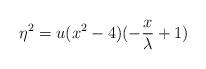
LaTeX: \begin{align*}\eta^{2}=u(x^{2}-4)(-\frac{x}{\lambda} +1)\end{align*}